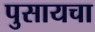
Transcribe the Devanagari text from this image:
पुसायचा